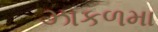
ઝાકળમા